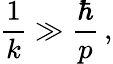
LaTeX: \frac{1}{k}\gg\frac{\hbar}{p}\, ,